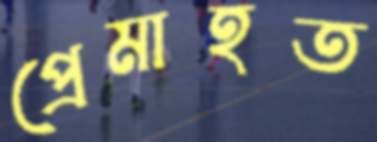
প্রেমাহত